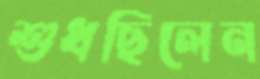
শুধছিলেন